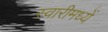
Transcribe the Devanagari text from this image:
स्वारीमध्यें